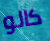
كالو